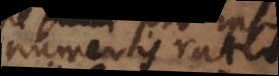
numeris ratio